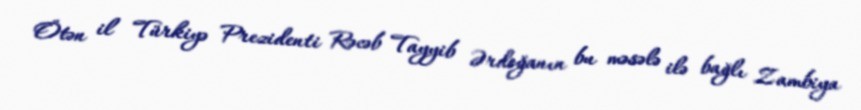
Ötən il Türkiyə Prezidenti Rəcəb Tayyib Ərdoğanın bu məsələ ilə bağlı Zambiya